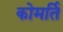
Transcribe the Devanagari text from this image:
कोमर्ति